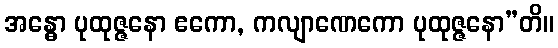
အန္ဓော ပုထုဇ္ဇနော ဧကော, ကလျာဏေကော ပုထုဇ္ဇနော”တိ။